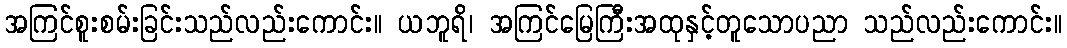
အကြင်စူးစမ်းခြင်းသည်လည်းကောင်း။ ယဘူရိ၊ အကြင်မြေကြီးအထုနှင့်တူသောပညာ သည်လည်းကောင်း။